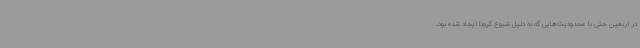
در اربعین حتی با محدودیت‌هایی که به دلیل شیوع کرونا ایجاد شده بود،